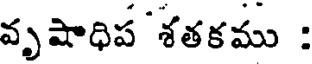
వృషాధిప శతకము :